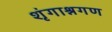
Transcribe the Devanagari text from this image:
शृंगाश्नगण